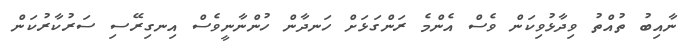
ނާއިބު ތުއްތު ވިދާޅުވިކަން ވެސް އެންމެ ރަންގަޅަށް ހަނދާން ހުންނާނީވެސް އިނގިރޭސި ސަރުކާރުކަން